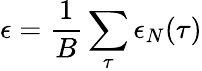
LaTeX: \epsilon=\frac{1}{B}\sum_{\tau}\epsilon_{N}(\tau)